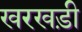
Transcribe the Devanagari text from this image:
खरखड़ी